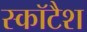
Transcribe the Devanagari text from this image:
स्कॉटैश